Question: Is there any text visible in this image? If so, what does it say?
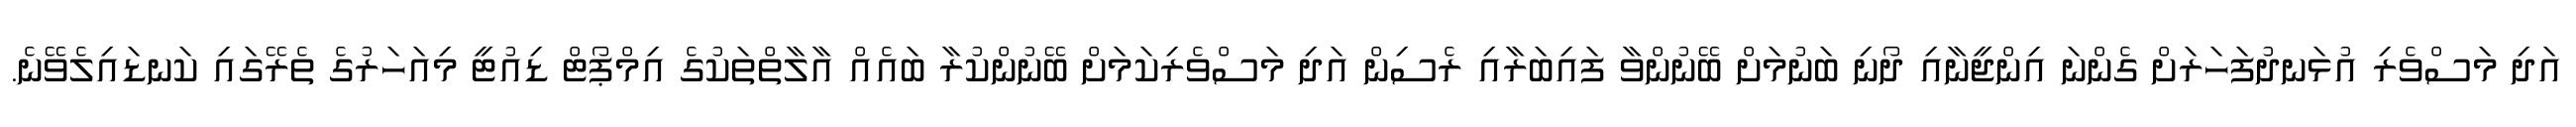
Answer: އަދި މަސްވެރި އުޅަނދުފަހަރަށް ގެންނަ އިންޖީނާއި ދޯނި ބަނުމަށް ބޭނުންވާ ފައިބަރާއި ރެސިން އަދި މަސްވެރިކަމަށް ބޭނުންކުރާ ބައެއް އާލާތްތަކުގެ އިމްޕޯޓް ޑިއުޓީ މިއަހަރުގެ ތެރޭގައި ކަނޑައިލެވޭނެ.